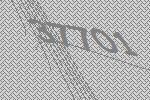
37701